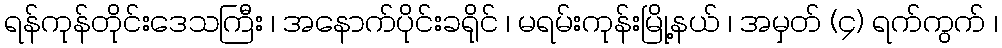
ရန်ကုန်တိုင်းဒေသကြီး ၊ အနောက်ပိုင်းခရိုင် ၊ မရမ်းကုန်းမြို့နယ် ၊ အမှတ် (၄) ရက်ကွက် ၊